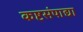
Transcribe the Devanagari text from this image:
कष्टसंपाद्या